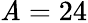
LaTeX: \mathit{A}=24